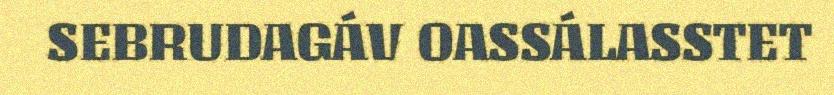
SEBRUDAGÁV OASSÁLASSTET